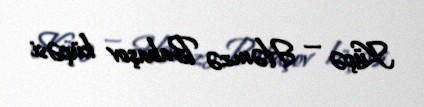
Küçə — Həmzə Babaşov küçəsi